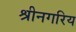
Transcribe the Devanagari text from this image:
श्रीनगरिय